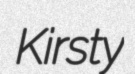
Kirsty